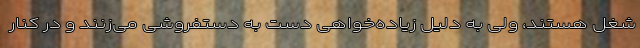
شغل هستند، ولی به دلیل زیاده‌خواهی دست به دستفروشی می‌زنند و در کنار